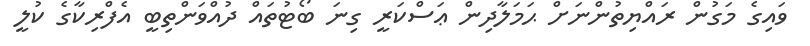
ވައިގެ މަގުން ރައްޔިތުންނަށް ޙަމަލާދިން ޢަސްކަރީ ގިނަ ބޯޓުތައް ދުއްވަންތިބީ އެފްރިކާގެ ކުލީ